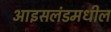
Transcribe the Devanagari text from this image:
आइसलंडमधील